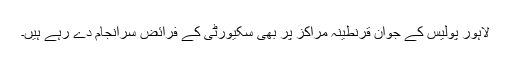
لاہور پولیس کے جوان قرنطینہ مراکز پر بھی سکیورٹی کے فرائض سرانجام دے رہے ہیں۔